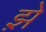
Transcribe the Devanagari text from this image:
झ़े